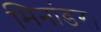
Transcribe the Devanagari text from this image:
मिनांडर।